Vaccination in the Punjab 1905-1918 - 1905-1918
Year: 1905
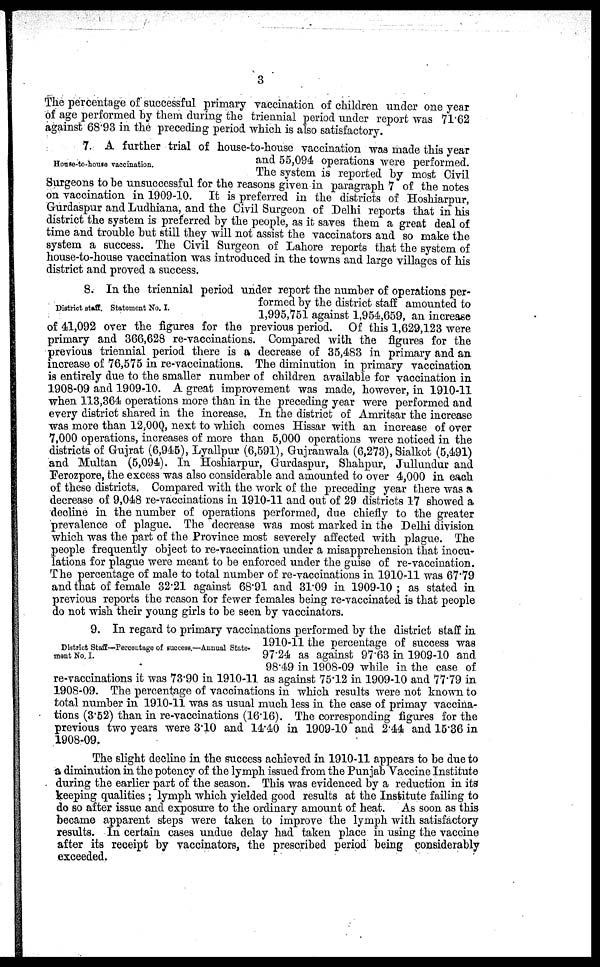
3
The percentage of successful primary vaccination of children under one year
of age performed by them during the triennial period under report was 71.62
against 68.93 in the preceding period which is also satisfactory.
House to house vaccination.
7. A further trial of house-to-house vaccination was made this year
and 55,094 operations were performed.
The system is reported by most Civil
Surgeons to be unsuccessful for the reasons given in paragraph 7 of the notes
on vaccination in 1909-10. It is preferred in the districts of Hoshiarpur,
Gurdaspur and Ludhiana, and the Civil Surgeon of Delhi reports that in his
district the system is preferred by the people, as it saves them a great deal of
time and trouble but still they will not assist the vaccinators and so make the
system a success. The Civil Surgeon of Lahore reports that the system of
house-to-house vaccination was introduced in the towns and large villages of his
district and proved a success.
District tuff. Statement No. I.
8. In the triennial period under report the number of operations per-
formed by the district staff amounted to
1,995,751 against 1,954,659, an increase
of 41,092 over the figures for the previous period. Of this 1,629,123 were
primary and 366,628 re-vaccinations. Compared with the figures for the
previous triennial period there is a decrease of 35,483 in primary and an
increase of 76,575 in re-vaccinations. The diminution in primary vaccination
is entirely due to the smaller number of children available for vaccination in
1908-09 and 1909-10. A great improvement was made, however, in 1910-11
when 113,364 operations more than in the preceding year were performed and
every district shared in the increase. In the district of Amritsar the increase
was more than 12,000, next to which comes Hissar with an increase of over
7,000 operations, increases of more than 5,000 operations were noticed in the
districts of Gujrat (6,945), Lyallpur (6,591), Gujranwala (6,273), Sialkot (5,491)
and Multan (5,094). In Hoshiarpur, Gurdaspur, Shahpur, Jullundur and
Ferozpore, the excess was also considerable and amounted to over 4,000 in each
of these districts. Compared with the work of the preceding year there was a
decrease of 9,048 re-vaccinations in 1910-11 and out of 29 districts 17 showed a
decline in the number of operations performed, due chiefly to the greater
prevalence of plague. The decrease was most marked in the Delhi division
which was the part of the Province most severely affected with plague. The
people frequently object to re-vaccination under a misapprehension that inocu-
lations for plague were meant to be enforced under the guise of re-vaccination.
The percentage of male to total number of re-vaccinations in 1910-11 was 67.79
and that of female 32.21 against 68.91 and 31.09 in 1909-10; as stated in
previous reports the reason for fewer females being re-vaccinated is that people
do not wish their young girls to be seen by vaccinators.
District Staff—Parcentage of success —Annual State
ment No. I.
9. In regard to primary vaccinations performed by the district staff in
1910-11 the percentage of success was
97.24 as against 97.63 in 1909-10 and
98.49 in 1908-09 while in the case of
re-vaccinations it was 73.90 in 1910-11 as against 75.12 in 1909-10 and 77.79 in
1908-09. The percentage of vaccinations in which results were not known to
total number in 1910-11 was as usual much less in the case of primay vaccina-
tions (3.52) than in re-vaccinations (16.16). The corresponding figures for the
previous two years were 3.10 and 14.40 in 1909-10 and 2.44 and 15.36 in
1908-09.
The slight decline in the success achieved in 1910-11 appears to be due to
a diminution in the potency of the lymph issued from the Punjab Vaccine Institute
during the earlier part of the season. This was evidenced by a reduction in its
keeping qualities ; lymph which yielded good results at the Institute failing to
do so after issue and exposure to the ordinary amount of heat. As soon as this
became apparent steps were taken to improve the lymph with satisfactory
results. In certain cases undue delay had taken place in using the vaccine
after its receipt by vaccinators, the prescribed period being considerably
exceeded.